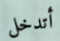
أتدخل